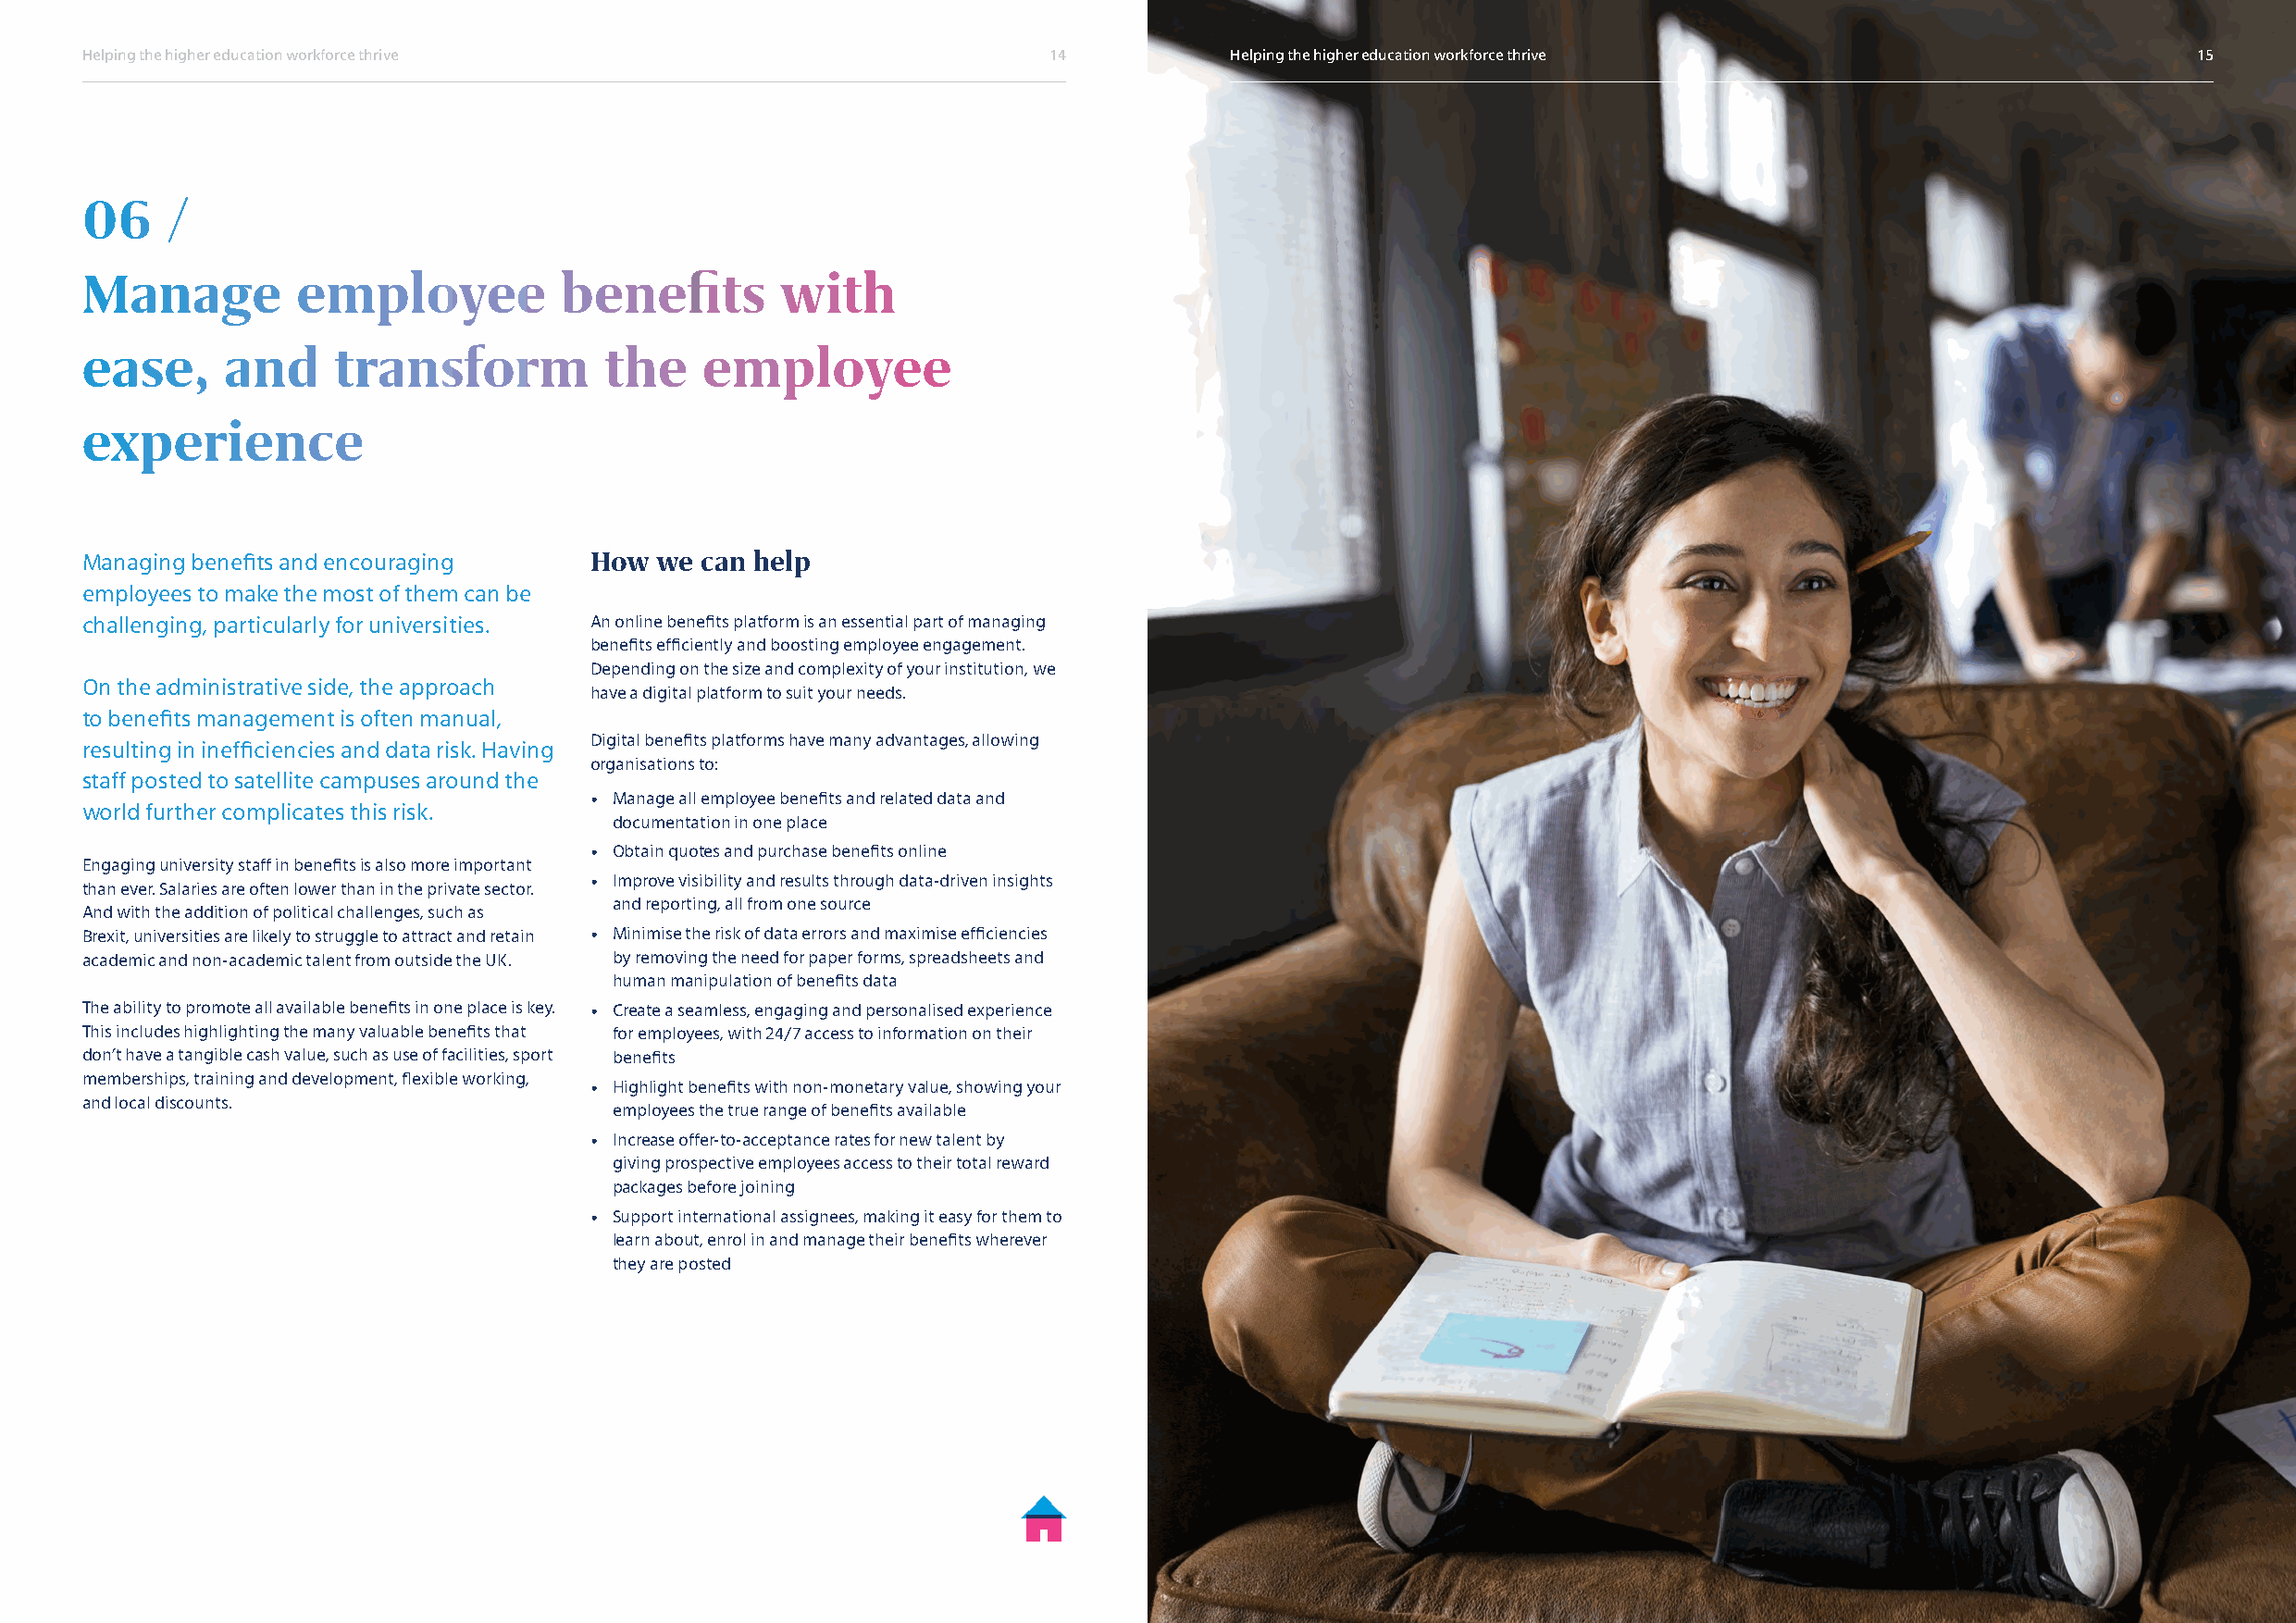
Helping the higher education workforce thrive                        14           Helping the higher education workforce thrive                        15
 06    /
 Manage         employee           benefits        with
 ease,     and     transform          the    employee
 experience
 Managing benefits and encouraging   How  we can help
 employees to make the most of them can be
 challenging, particularly for universities. An online benefits platform is an essential part of managing
 benefits efficiently and boosting employee engagement.
 Depending on the size and complexity of your institution, we
 On the administrative side, the approach
 have a digital platform to suit your needs.
 to benefits management is often manual,
 Digital benefits platforms have many advantages, allowing
 resulting in inefficiencies and data risk. Having
 organisations to:
 staff posted to satellite campuses around the
 • Manage all employee benefits and related data and
 world further complicates this risk.
 documentation in one place
 • Obtain quotes and purchase benefits online
 Engaging university staff in benefits is also more important
 • Improve visibility and results through data-driven insights
 than ever. Salaries are often lower than in the private sector.
 and reporting, all from one source
 And with the addition of political challenges, such as
 Brexit, universities are likely to struggle to attract and retain • Minimise the risk of data errors and maximise efficiencies
 academic and non-academic talent from outside the UK. by removing the need for paper forms, spreadsheets and
 human manipulation of benefits data
 The ability to promote all available benefits in one place is key. • Create a seamless, engaging and personalised experience
 This includes highlighting the many valuable benefits that for employees, with 24/7 access to information on their
 don’t have a tangible cash value, such as use of facilities, sport benefits
 memberships, training and development, flexible working,
 • Highlight benefits with non-monetary value, showing your
 and local discounts.
 employees the true range of benefits available
 • Increase offer-to-acceptance rates for new talent by
 giving prospective employees access to their total reward
 packages before joining
 • Support international assignees, making it easy for them to
 learn about, enrol in and manage their benefits wherever
 they are posted